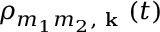
\rho _ { m _ { 1 } m _ { 2 } , \textbf { k } } ( t )